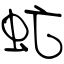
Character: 虻